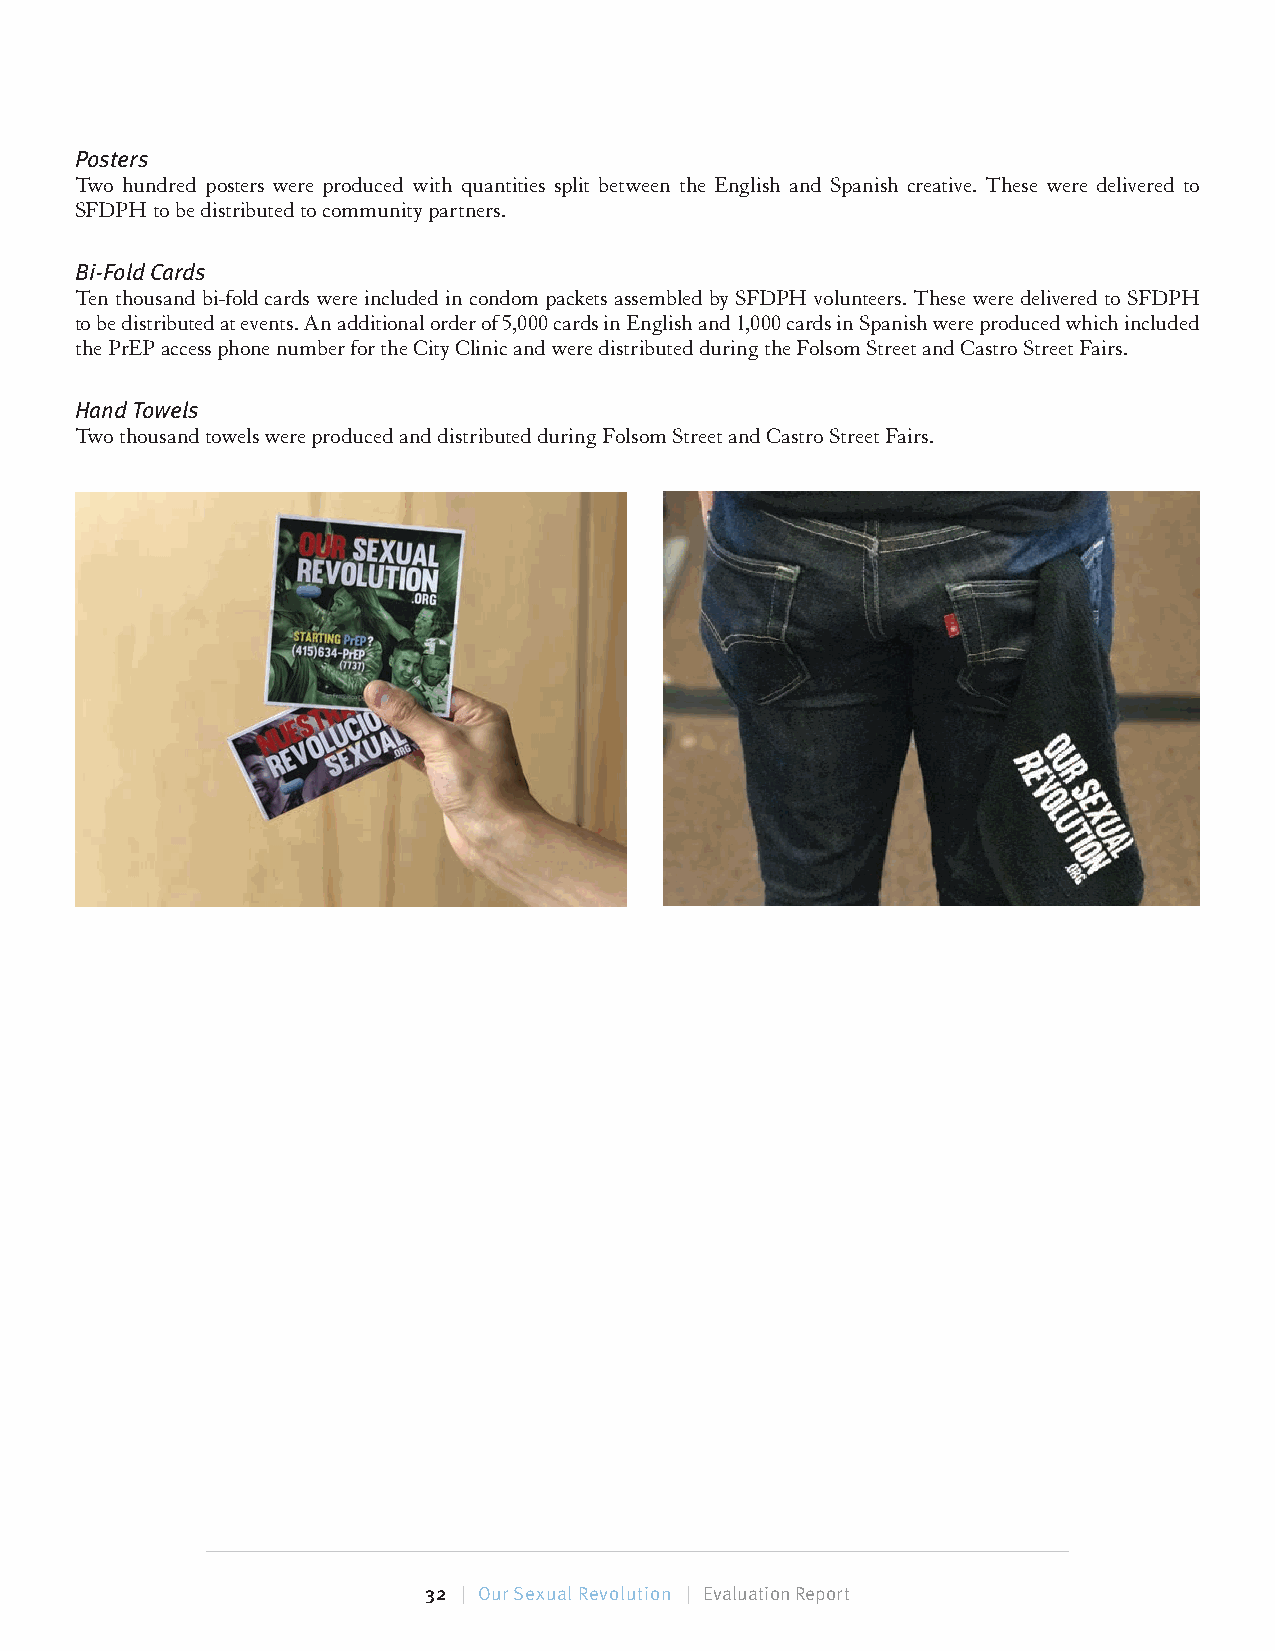
Posters
 Two hundred posters were produced with quantities split between the English and Spanish creative. These were delivered to
 SFDPH to be distributed to community partners.
 Bi-Fold Cards
 Ten thousand bi-fold cards were included in condom packets assembled by SFDPH volunteers. These were delivered to SFDPH
 to be distributed at events. An additional order of 5,000 cards in English and 1,000 cards in Spanish were produced which included
 the PrEP access phone number for the City Clinic and were distributed during the Folsom Street and Castro Street Fairs.
 Hand Towels
 Two thousand towels were produced and distributed during Folsom Street and Castro Street Fairs.
 32 | Our Sexual Revolution | Evaluation Report